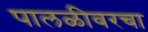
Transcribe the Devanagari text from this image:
पालळीवरचा